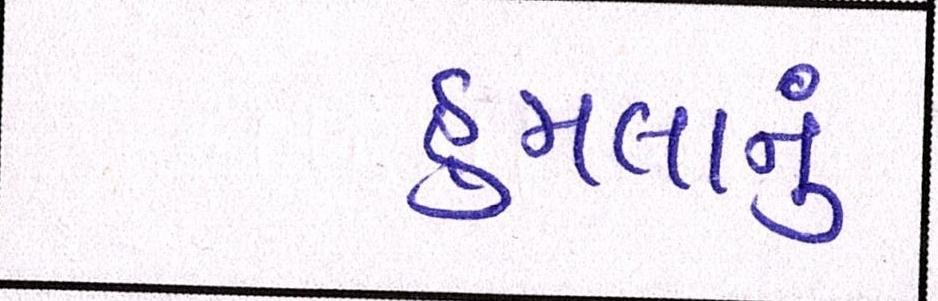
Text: હુમલાનું